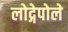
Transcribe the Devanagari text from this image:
लोद्गेपोले